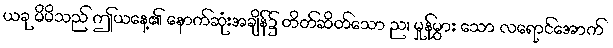
ယခု မိမိသည် ဤယနေ့၏ နောက်ဆုံးအချိန်၌ တိတ်ဆိတ်သော ည၊ မှုန်မွှား သော လရောင်အောက်